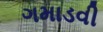
ગમાડવી